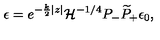
\epsilon = e ^ { - { \frac { k } { 2 } } | z | } { \cal H } ^ { - 1 / 4 } P _ { - } \widetilde P _ { + } \epsilon _ { 0 } ,